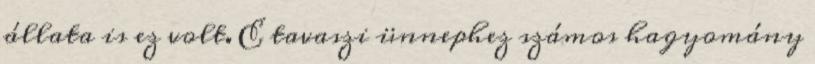
állata is ez volt. E tavaszi ünnephez számos hagyomány